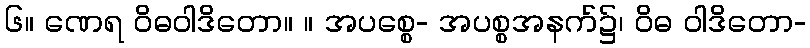
၆။ ဏေရ ဝိဓဝါဒိတော။ ။ အပစ္စေ- အပစ္စအနက်၌၊ ဝိဓ ဝါဒိတော-